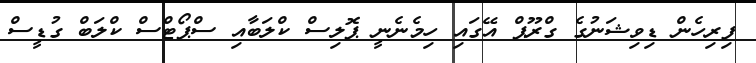
ފިރިހެން ޑިިވިޝަނުގެ ގްރޫޕް އޭގައި ހިމެނެނީ ޕޮލިސް ކްލަބާއި ސްޕޯޓްސް ކްލަބް ގުޑީސް